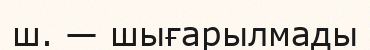
ш. — шығарылмады